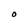
Character: O